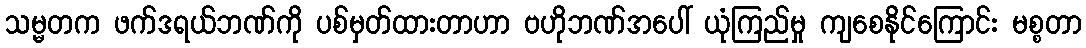
သမ္မတက ဖက်ဒရယ်ဘဏ်ကို ပစ်မှတ်ထားတာဟာ ဗဟိုဘဏ်အပေါ် ယုံကြည်မှု ကျစေနိုင်ကြောင်း မစ္စတာ